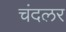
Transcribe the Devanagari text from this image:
चंदलर